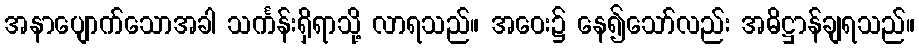
အနာပျောက်သောအခါ သင်္ကန်းရှိရာသို့ လာရသည်။ အဝေး၌ နေ၍သော်လည်း အဓိဋ္ဌာန်ချရသည်။